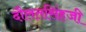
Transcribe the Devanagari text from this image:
दौलतसिंहजी